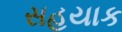
સહયાક